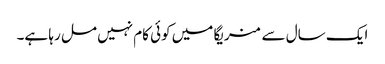
ایک سال سے منریگا میں کوئی کام نہیں مل رہا ہے۔